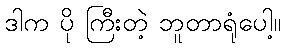
ဒါက ပို ကြီးတဲ့ ဘူတာရုံပေါ့။